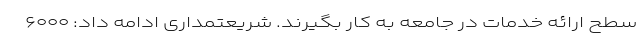
سطح ارائه خدمات در جامعه به کار بگیرند. شریعتمداری ادامه داد: ۶۰۰۰